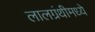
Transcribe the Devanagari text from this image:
लालग्रंथीमध्ये